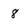
Character: 8